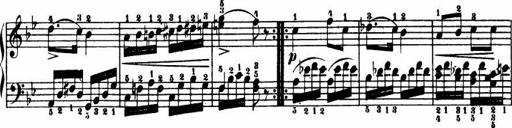
Title: Le bouquetier
Composer: Anton Diabelli
Key: G major
 C major
 F major
 C major